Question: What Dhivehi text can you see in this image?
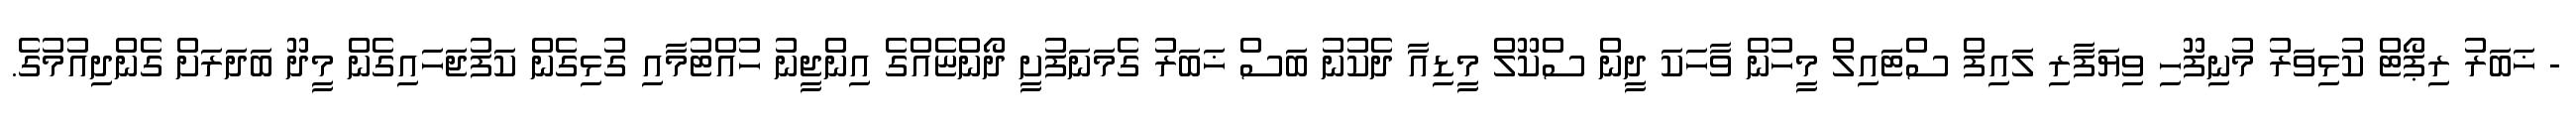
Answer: - ޚަބަރު ރިޕޯޓް ކުޅިވަރު މުނިފޫހި ވިޔަފާރި ލައިފް ސްޓައިލް މީހުން ވާހަކަ ދީން ސްކޫލް މީޑިއާ ދެކުނު ބަސް ޚަބަރު ގެމަނަފުށީ ދޯންޏެއްގެ އިންޖީނު ހުއްޓުމާއި ގުޅިގެން ކަފުޖަހައިގެން މީދޫ ބަދަރަށް ގެންދިއުމުގެ.